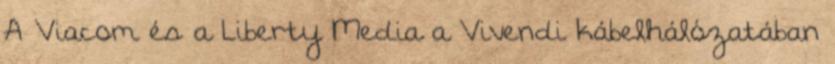
A Viacom és a Liberty Media a Vivendi kábelhálózatában